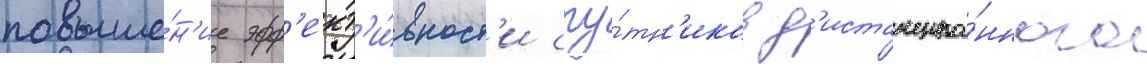
повыше́н'ие эфф'ект'и́вност'и спу́тн'иков д'истанцио́нного